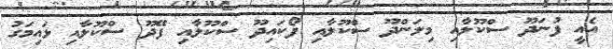
އެއީ ފުނަދޫ ސްކޫލާއި މިލަންދޫ ސްކޫލާއި ފޯކައިދޫ ސްކޫލާއި ފޭދޫ ސްކޫލާއި ޅައިމަގު